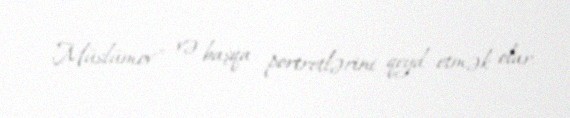
Müslümov" və başqa portretlərini qeyd etmək olar.